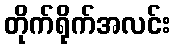
တိုက်ရိုက်အလင်း